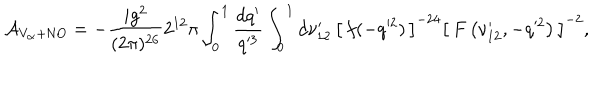
{ \cal A } _ { V _ { \propto } + \mathrm { N O } } = - { \frac { i g ^ { 2 } } { ( 2 \pi ) ^ { 2 6 } } } 2 ^ { 1 2 } \pi \int _ { 0 } ^ { 1 } { \frac { d q ^ { \prime } } { q ^ { 3 } } } \int _ { 0 } ^ { 1 } d \nu _ { 1 2 } ^ { \prime } \, \left[ \, f ( - q ^ { 2 } ) \, \right] ^ { - 2 4 } \left[ \, F \left( \nu _ { 1 2 } ^ { \prime } , - q ^ { 2 } \right) \, \right] ^ { - 2 } ,